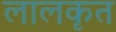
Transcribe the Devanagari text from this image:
लालकृत